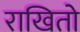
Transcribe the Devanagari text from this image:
राखितो